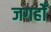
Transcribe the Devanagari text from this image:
जगहोँ